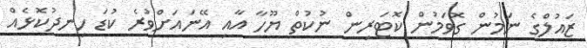
ޒައުލްގެ ނަމުން ގޮވަމުން ކޮޓަރިން ނުކުތް ޔޫހާ އާއި އޭނައަށްވުރެ ކުޑަ ހިނދުކޮޅެއް